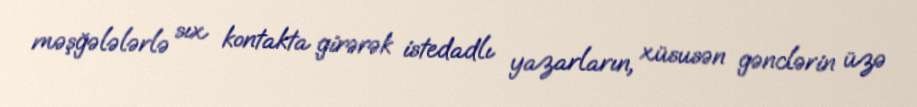
məşğələlərlə sıx kontakta girərək istedadlı yazarların, xüsusən gənclərin üzə